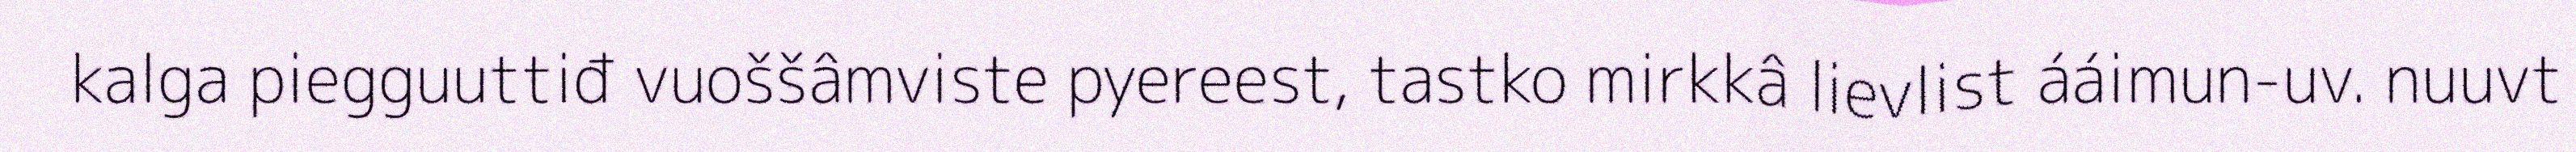
kalga piegguuttiđ vuoššâmviste pyereest, tastko mirkkâ lievlist ááimun-uv. nuuvt